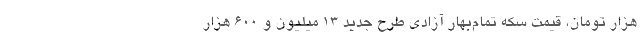
هزار تومان، قیمت سکه تمام‌بهار آزادی طرح جدید ۱۳ میلیون و ۶۰۰ هزار